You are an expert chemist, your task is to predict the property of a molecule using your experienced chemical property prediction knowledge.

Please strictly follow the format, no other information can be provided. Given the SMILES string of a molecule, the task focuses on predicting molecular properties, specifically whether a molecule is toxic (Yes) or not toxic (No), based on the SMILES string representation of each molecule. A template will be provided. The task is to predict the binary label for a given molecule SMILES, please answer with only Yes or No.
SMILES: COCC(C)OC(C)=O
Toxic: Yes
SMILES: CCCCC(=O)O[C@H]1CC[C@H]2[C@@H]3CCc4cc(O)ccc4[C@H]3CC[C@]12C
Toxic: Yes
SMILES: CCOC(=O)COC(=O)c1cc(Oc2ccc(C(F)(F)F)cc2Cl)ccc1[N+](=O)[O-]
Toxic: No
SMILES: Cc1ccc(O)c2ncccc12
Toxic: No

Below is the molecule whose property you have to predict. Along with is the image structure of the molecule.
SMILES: O=C(CCCCl)c1ccc(F)cc1
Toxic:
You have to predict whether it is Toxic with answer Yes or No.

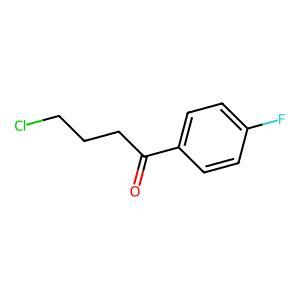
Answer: No